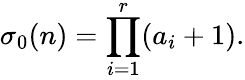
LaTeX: \sigma_{0}(n)=\prod_{i=1}^{r}(a_{i}+1).